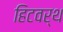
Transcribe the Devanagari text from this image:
हिटवर्थ